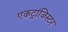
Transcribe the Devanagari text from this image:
एकट्रांजिस्टर